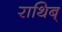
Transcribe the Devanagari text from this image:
राथिब्